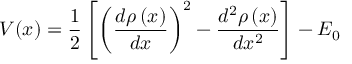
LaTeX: V ( x ) = \frac 1 2 \left[ \left( \frac { d \rho \left( x \right) } { d x } \right) ^ { 2 } - \frac { d ^ { 2 } \rho \left( x \right) } { d x ^ { 2 } } \right] - E _ { 0 }